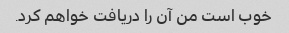
خوب است من آن را دریافت خواهم کرد.